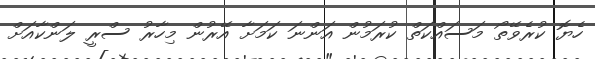
ހެޔޮ ކުރެވޭތޯ މަސައްކަތް ކުރަމުން އަންނަ ކަމަށާ އޭރުން މިހާރު ސްރީ ލަންކާއަށް